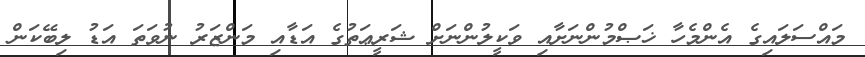
މައްސަލައިގެ އެންމެހާ ޚަޞްމުންނަށާއި ވަކީލުންނަށް ޝަރީޢަތުގެ އަޑާއި މަންޒަރު ނުވަތަ އަޑު ލިބޭކަން